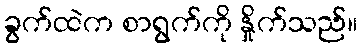
ခွက်ထဲက စာရွက်ကို နှိုက်သည်။